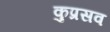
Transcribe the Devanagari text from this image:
कुप्रसव